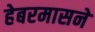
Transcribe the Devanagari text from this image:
हेबरमासने